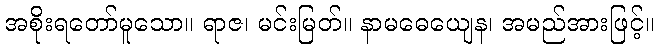
အစိုးရတော်မူသော။ ရာဇ၊ မင်းမြတ်။ နာမဓေယျေန၊ အမည်အားဖြင့်။